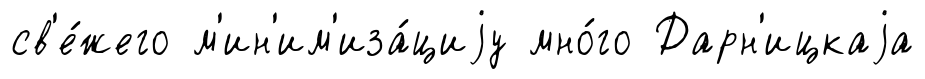
св'е́жего м'ин'им'иза́циjу мно́го Дарн'ицкаjа